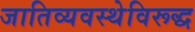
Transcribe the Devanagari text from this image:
जातिव्यवस्थेविरूद्ध